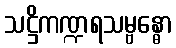
သဋ္ဌိကဏ္ဍရသမ္ဗန္ဓော